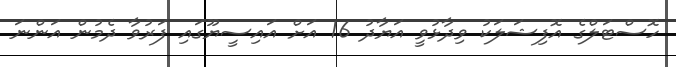
ހޮސްޓަލްގެ އޮފިޝަލަކު ވިދާޅުވީ އަޔާދު 16 އަށް އައިސީޔޫގައި ފަރުވާ ދެމުން އަންނަ